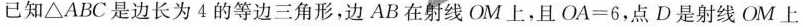
已知△ABC是边长为4的等边三角形，边AB在射线OM上，且OA=6，点D是射线OM上